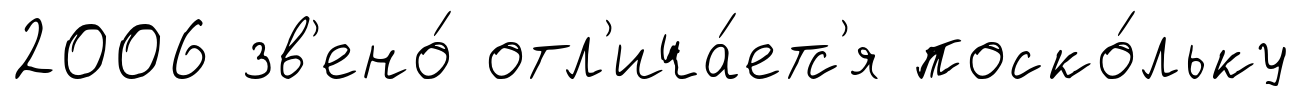
2006 зв'ено́ отл'ича́етс'я поско́льку